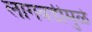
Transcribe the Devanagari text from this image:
लागवडीमुळे